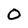
Character: O